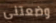
وضعتني